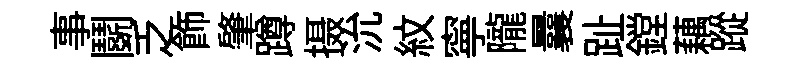
事鬬乏飾肇蹲摄沇紋寧隴曩趾鏜藕蹤